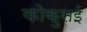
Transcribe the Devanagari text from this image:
कोकुसई